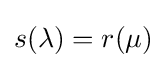
s(\lambda )=r(\mu )